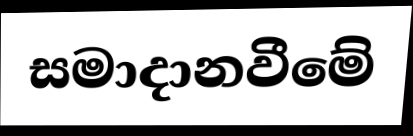
සමාදානවීමේ